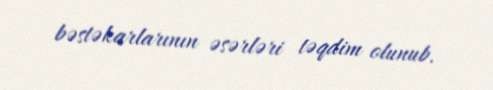
bəstəkarlarının əsərləri təqdim olunub.